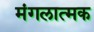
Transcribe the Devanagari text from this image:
मंगलात्मक